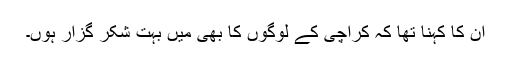
ان کا کہنا تھا کہ کراچی کے لوگوں کا بھی میں بہت شکر گزار ہوں۔